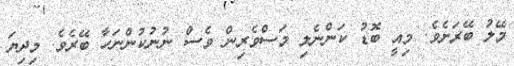
މޭލު ބޭރަށެވެ. މިއީ ބޮޑު ކަންނެލި މަސްވެރިން ވެސް ނުނުކުންނަހާ ބޭރެވެ. މިދިޔަ